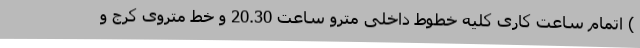
) اتمام ساعت کاری کلیه خطوط داخلی مترو ساعت 20.30 و خط متروی کرج و